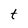
Character: t